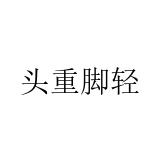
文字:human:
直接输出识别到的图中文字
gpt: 头重脚轻